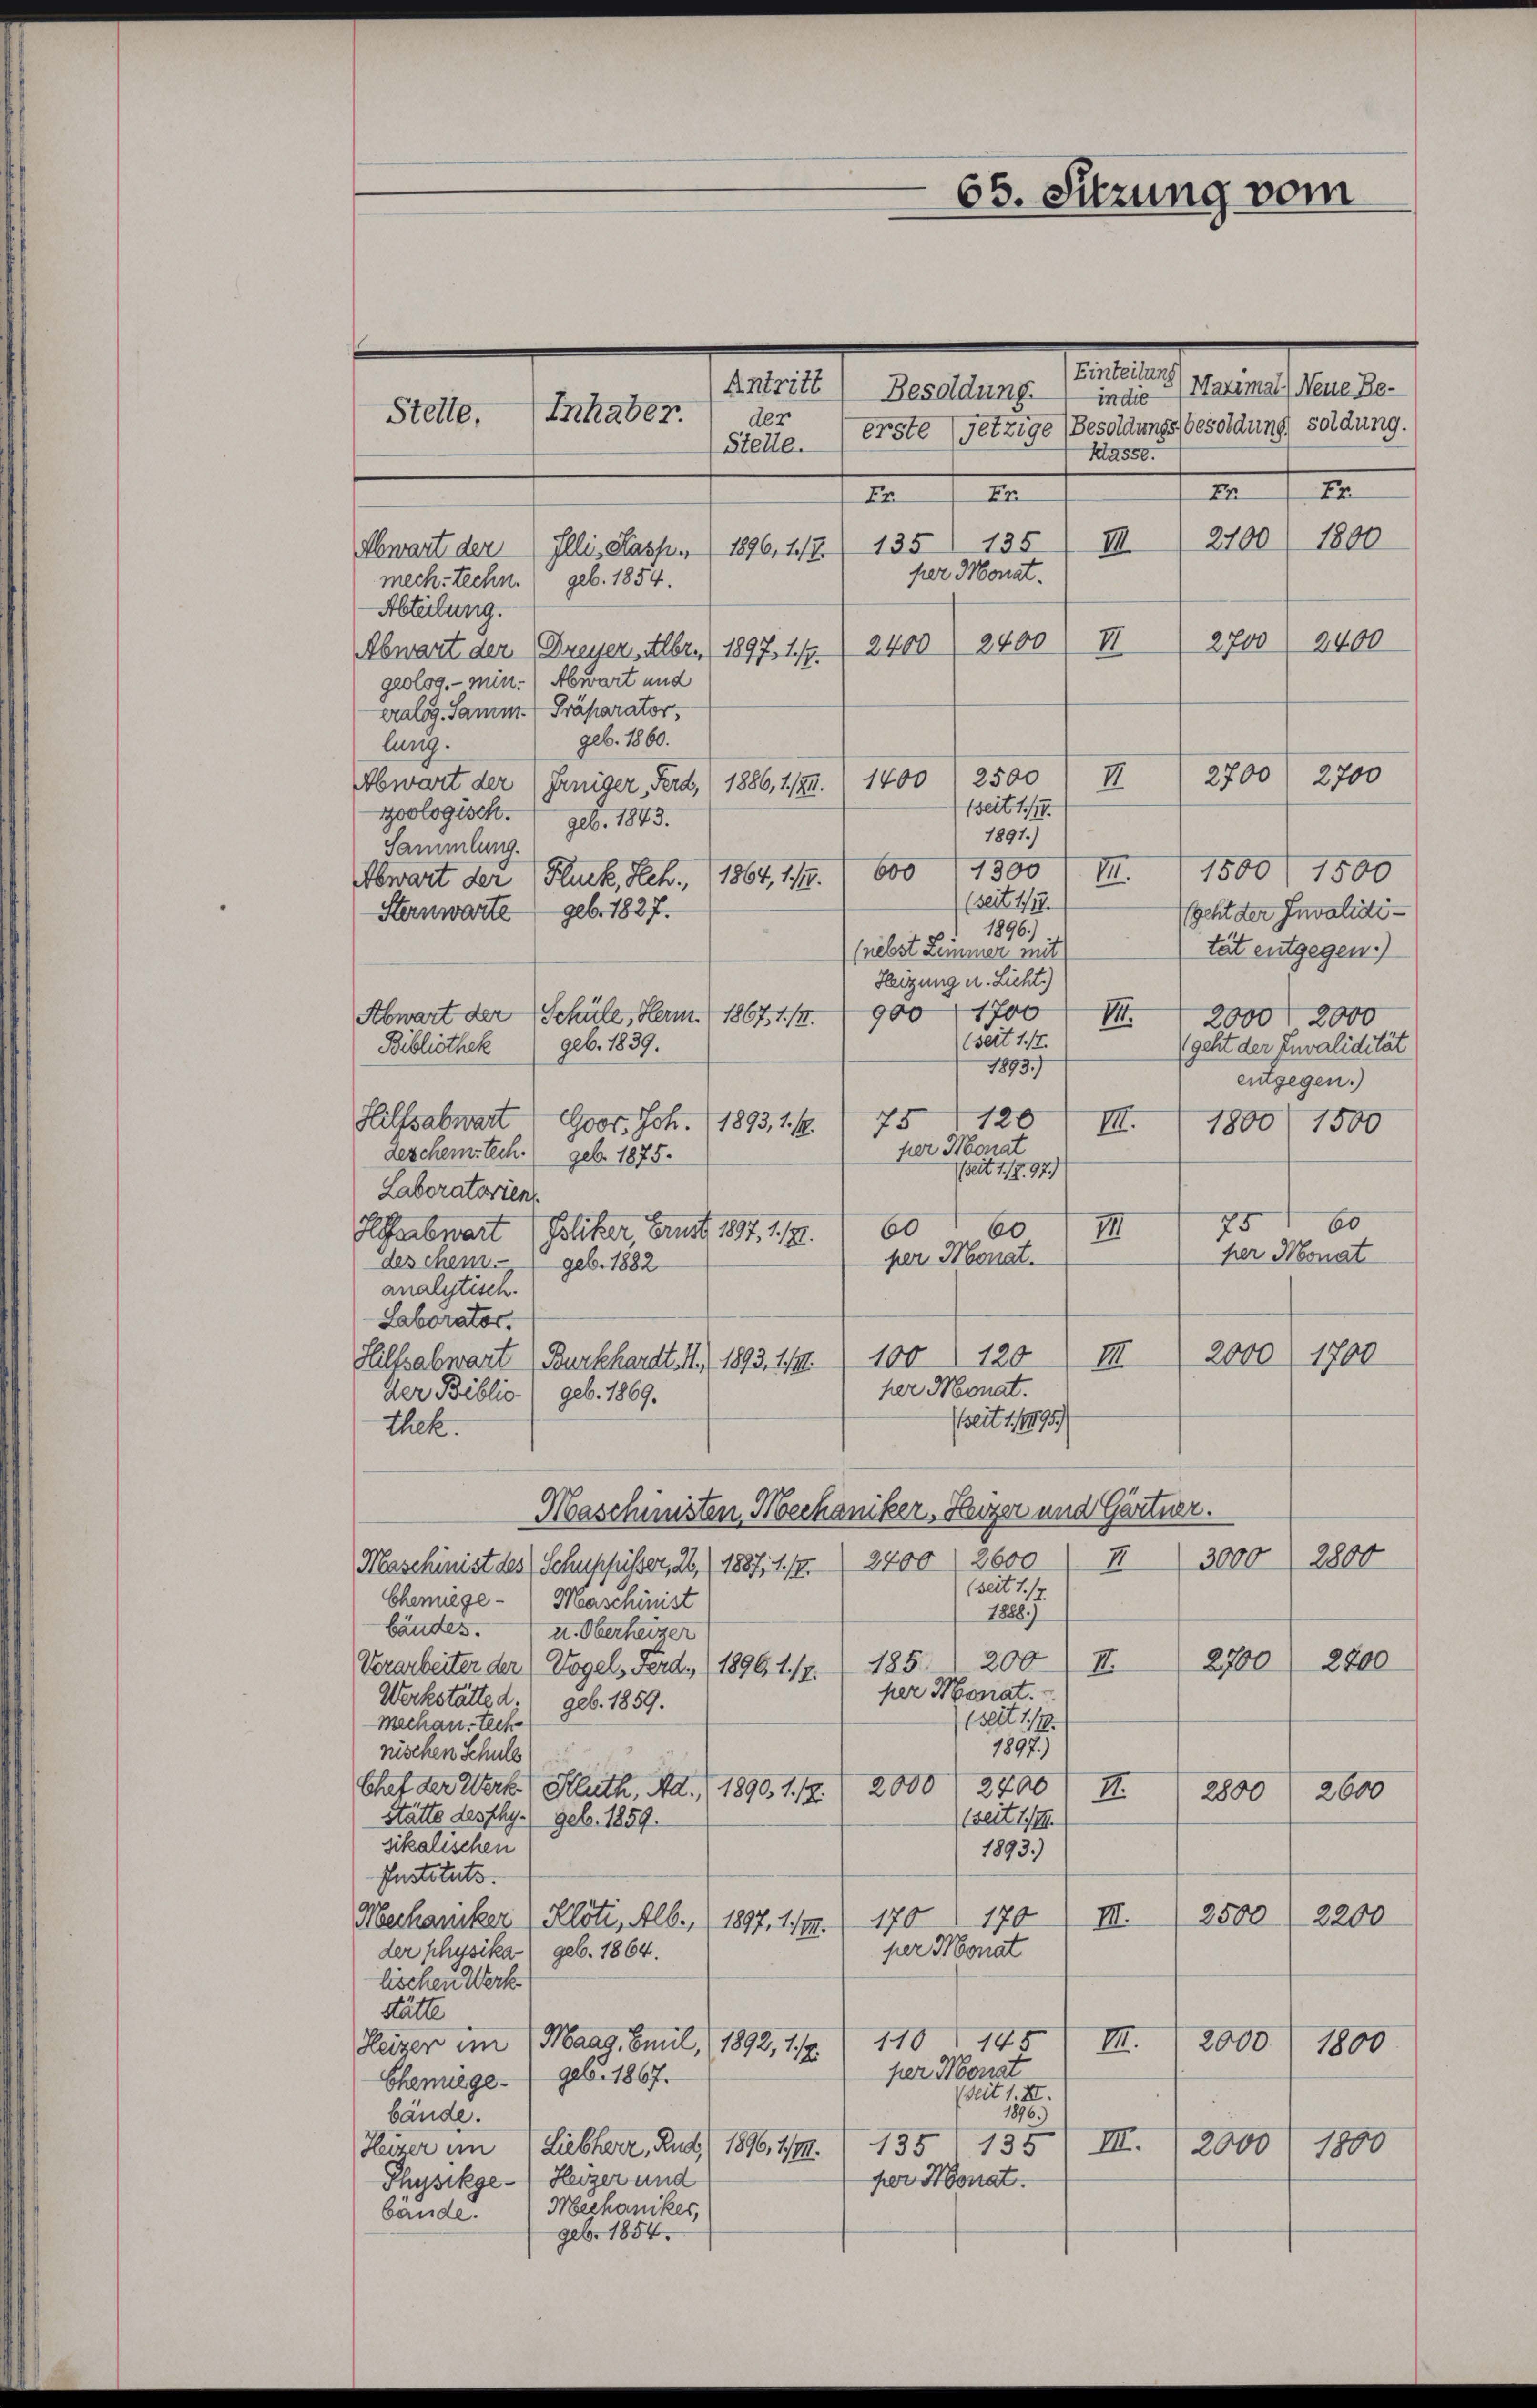
Inhaber.
Stette.
der

65. Sitzung vom

Einteilung
Antritt, Besoldung, indie (Hatimal) Neue Be¬
Stelle. (Erste (jetzige Besoldungsbesoldung soldung.
Klasse.
t
In
Fr.
Er
2100/ 1800
III
Abwart der Illi Kasp. 1896, 12. 135. 135
per Monat.
mech-techn. geb. 1854.
Abteilung.
2400
2400
2700
II
2400
Abwart der Breiser, Alber. (1897, 1/9.
geolog. - Min. (Abwart und
ealog. Samm- Präparator,
geb. 1860.
lung.
2700
2700
Abwart der (Frniger, Ferd. (1886,1/94. 1400) 2500 II
tseit 117.
zoologisch. geb. 1843.
1891.)
Sammlung.
1300
600
1500 f 1500
1
Abwart der (Fluck, Reh., 1864, 1/4.
(seit 1777.
Sternwarte geb. 1827.
Egeht der Invalidti¬
1896)
tät entgegen.)
(nebst Zimmer mit
Heizung u. Licht.)
9001700
Abwart der Schule, Herm. 1867, 1/4.
III.
2000 f 2000
(seit 1./7.
geb. 1839.
geht der Invalidität
Bibliothek
1893.
entgegen.)
75120
Hilfsabwart Goor. Joh. (1893, 1. 19.
III.
1800) 1500
fer Monat
geschem tech geb. 1875.
Zeit 11/2. 97)
Laboratorien.
60
75
60
60
III
Habwart Politzer, Brust 1897. 1191.
her Monat
per Monat.
deschem. geb. 1882
analytisch.
Laborator.
2000 1700
Hillsabwart Burkhardt. II, 1893. 11. 1001 120) III
her Monat.
Der Biblio) geb. 1869.
(seit 1/1891/
thek.
Maschwisten Mechaniker, Heizer und Gärtner.
3000, 2800
II
Maschinist des Schuppisser, 26 (1887, 1. 17. 2400. 2600
(seit 1. 17.
Chemiege Maschinist
1888.)
bäudes.
I. Oberheizer
2800
2700
II.
Vorarbeiter der Vogel, Ferd. (1896 1/9. 1185. 200
per Monat.
Werkstätte d
geb. 1859.
(seit 1/10
Mechan, tech
1897.)
nischen Schule
2700
Chat der Werk (Kluth, Al. 1890, 1. 17. 2000
II.
2600
2800
Stätte desshy.) geb. 1859.
(seit 111.
sikalischen
1893.)
Instituts.
2500 f 2200
III.
Mechaniker (Klöti, Alb. (1897. 1199. 170 170
per Monat
der physika geb. 1864.
lischen Werk.
Stätte
110145
2000
III.
Heizer im Maag. Emil 1892, 17.
1800
per Monat
Chenege geb. 1867.
(seit 1. II.
1896.
bände.
135 135) III.
Heizer ein Liebherr, Rud. (1896, 1/III.
2000 1800
per Monat.
Physikge (Heizer und
bande. Mechaniker,
geb. 1854.